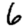
Digit: 6